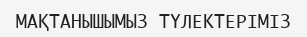
МАҚТАНЫШЫМЫЗ ТҮЛЕКТЕРІМІЗ